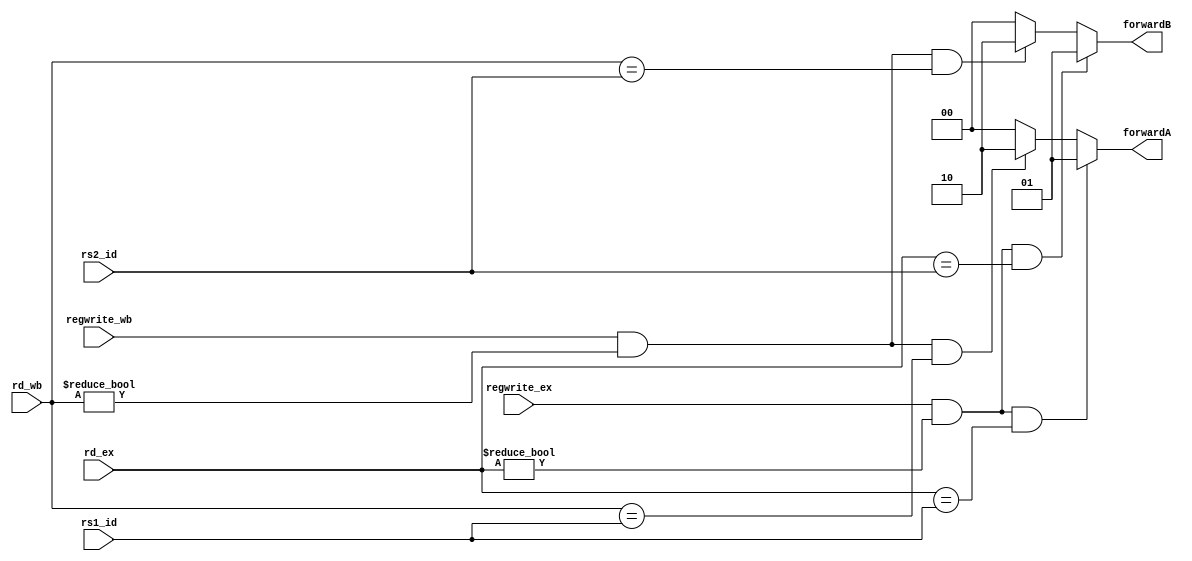
module forwardingunit(rs1_id, rs2_id, rd_ex, regwrite_ex, rd_wb, regwrite_wb, forwardA, forwardB);

    input [4:0] rs1_id, rs2_id, rd_ex, rd_wb;
    input regwrite_ex, regwrite_wb;

    output reg[1:0] forwardA, forwardB;

    always @(rs1_id, rs2_id, rd_ex, regwrite_ex, rd_wb, regwrite_wb)
    begin
        if      (regwrite_ex & (rd_ex != 0) & (rd_ex == rs1_id))
                    forwardA <= 2'b01;
        else if (regwrite_wb & (rd_wb != 0) & (rd_wb == rs1_id))
                    forwardA <= 2'b10;
        else
                    forwardA <= 2'b00;

        if      (regwrite_ex & (rd_ex != 0) & (rd_ex == rs2_id))
                    forwardB <= 2'b01;
        else if (regwrite_wb & (rd_wb != 0) & (rd_wb == rs2_id))
                    forwardB <= 2'b10;
        else
                    forwardB <= 2'b00;
    end

endmodule